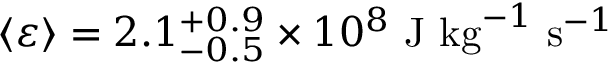
\left\langle \varepsilon \right\rangle = 2 . 1 _ { - 0 . 5 } ^ { + 0 . 9 } \times 1 0 ^ { 8 } ~ \mathrm { J } ~ \mathrm { k g } ^ { - 1 } ~ \mathrm { s } ^ { - 1 }